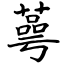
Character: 蕚